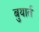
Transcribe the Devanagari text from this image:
बुयार्त